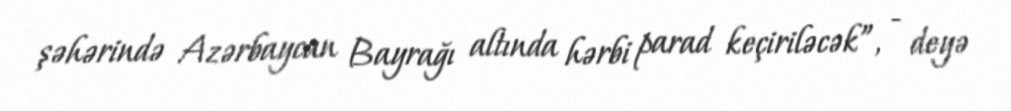
şəhərində Azərbaycan Bayrağı altında hərbi parad keçiriləcək”, - deyə